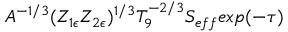
A ^ { - 1 / 3 } ( Z _ { 1 \epsilon } Z _ { 2 \epsilon } ) ^ { 1 / 3 } T _ { 9 } ^ { - 2 / 3 } S _ { e f f } e x p ( - \tau )